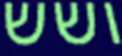
ושש